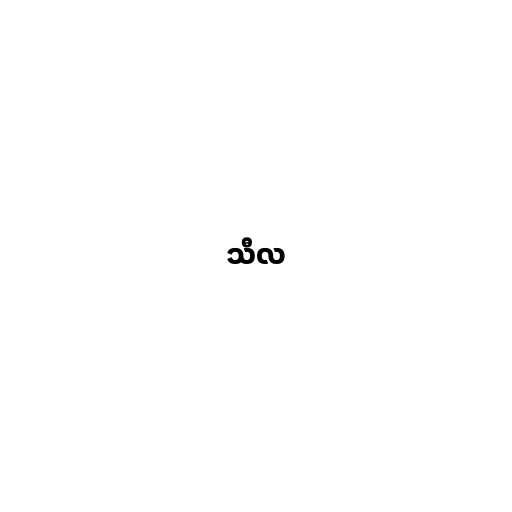
သီလ